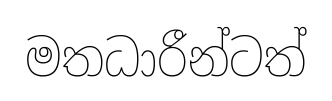
මතධාරීන්ටත්